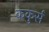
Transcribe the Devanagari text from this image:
ककुर्स